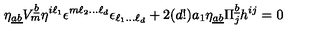
\eta _ { \underline { { a b } } } V _ { m } ^ { \underline { { b } } } \eta ^ { i \ell _ { 1 } } \epsilon ^ { m \ell _ { 2 } \dots \ell _ { d } } \epsilon _ { \ell _ { 1 } \dots \ell _ { d } } + 2 ( d ! ) a _ { 1 } \eta _ { \underline { { a b } } } \Pi _ { j } ^ { \underline { { b } } } h ^ { i j } = 0